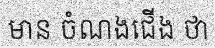
មាន ចំណងជើង ថា